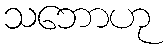
သဘောဟု